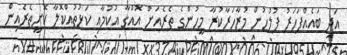
އަދި ބައެއްފަހަރު ފުލުހުން މުޒާހަރާކުރާ މީހުންގެ ތެރެއަށް އޮއްގާ އުކުމާއި ކަޅުތުއްކޮލާ ކޮށީތެރެއިން